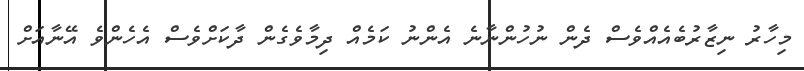
މިހާރު ނިޒާރުބެއެއްވެސް ދެން ނުހުންނާނެ އެންނު ކަމެއް ދިމާވެގެން ދާކަށްވެސް އެހެންވެ އޭނާއަށް